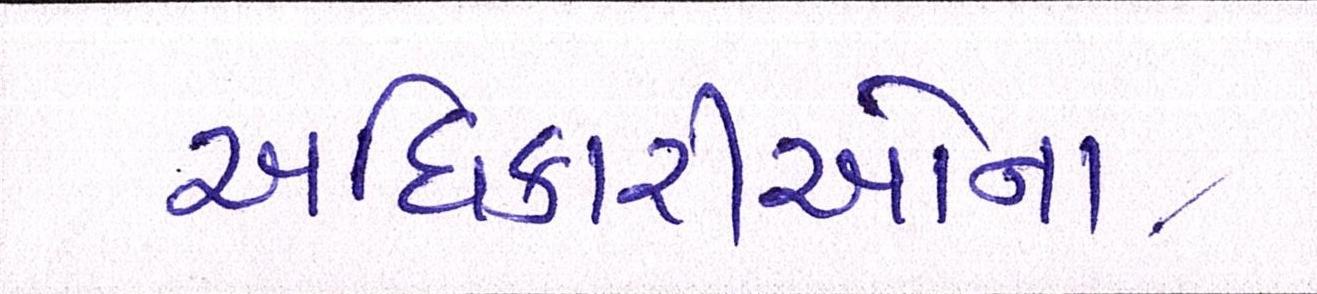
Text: અધિકારીઓના